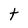
Character: t